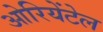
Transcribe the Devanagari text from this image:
ओरियेंटेल